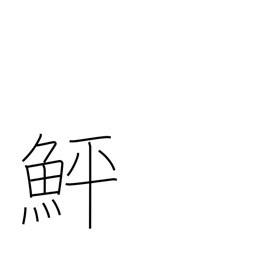
Meaning: flounder